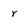
Character: r